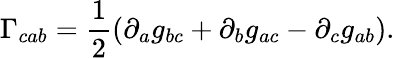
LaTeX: \Gamma_{cab}=\frac 12(\partial_{a}g_{bc}+\partial_{b}g_{ac}-\partial_{c}g_{ab}).